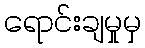
ရောင်းချမှုမှ